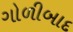
ગોળીબાદ